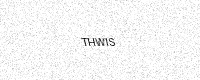
Text: THWIS